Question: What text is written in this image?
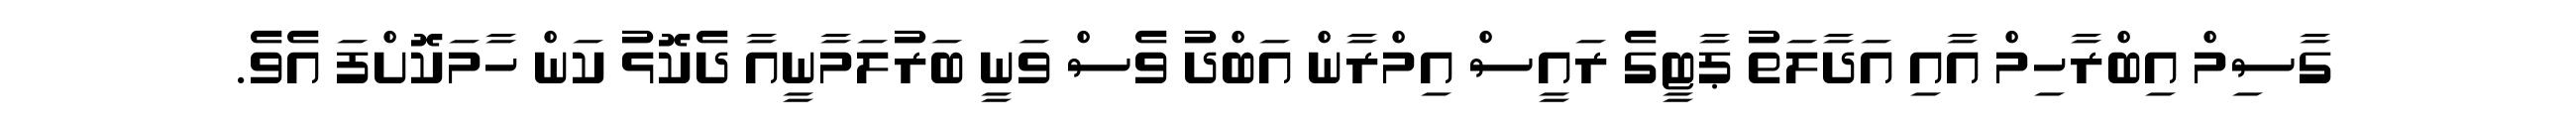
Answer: ގާސިމް އިބްރާހިމް އާއި އަދާލަތު ޕާޓީގެ ރައީސް އިމްރާން އަބްދު ވެސް ވަނީ ބަރުލަމާނީއާ ދެކޮޅު ކަން ހާމަކޮށްފަ އެވެ.